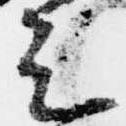
足